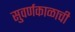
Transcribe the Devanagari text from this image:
सुवर्णकाळाची